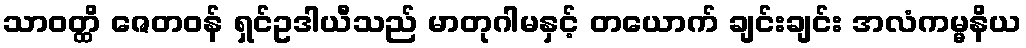
သာဝတ္ထိ ဇေတဝန် ရှင်ဥဒါယီသည် မာတုဂါမနှင့် တယောက် ချင်းချင်း အလံကမ္မနိယ